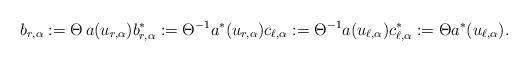
LaTeX: \begin{align*}b_{r,\alpha}:=\Theta \,a(u_{r,\alpha})b_{r,\alpha}^*:=\Theta^{-1}a^*(u_{r,\alpha})c_{\ell,\alpha}:= \Theta^{-1}a(u_{\ell,\alpha})c^*_{\ell,\alpha}:=\Theta a^*(u_{\ell,\alpha}).\end{align*}